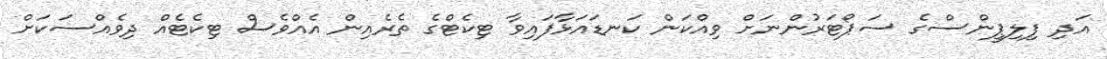
އަދި ފިލިޕީންސްގެ ސަޕޯޓަރުންނަށް ވިއްކަން ކަނޑައަޅާފައިވާ ޓިކެޓްގެ ތެރެއިން އެއްވެސް ޓިކެޓެއް ދިވެއްސަކަށް